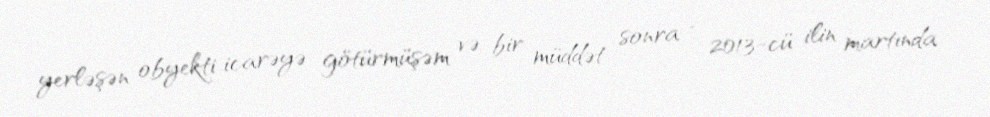
yerləşən obyekti icarəyə götürmüşəm və bir müddət sonra - 2013-cü ilin martında